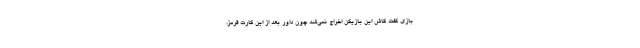
بازی گفت کاش این بازیکن اخراج نمی‌شد چون داور بعد از این کارت قرمز،